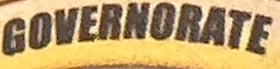
GOVERNORATE